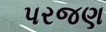
પરજણ